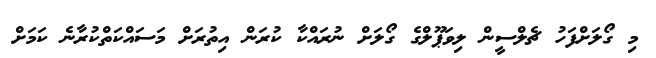
މި ގޯލަށްފަހު ޗެލްސީން ލިވަޕޫލްގެ ގޯލަށް ނުރައްކާ ކުރަން އިތުރަށް މަސައްކަތްކުރާނެ ކަމަށް